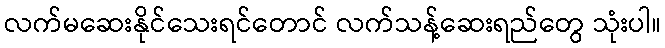
လက်မဆေးနိုင်သေးရင်တောင် လက်သန့်ဆေးရည်တွေ သုံးပါ။